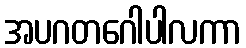
အပဂတဂေါပါလကာ